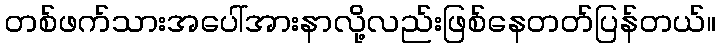
တစ်ဖက်သားအပေါ်အားနာလို့လည်းဖြစ်နေတတ်ပြန်တယ်။